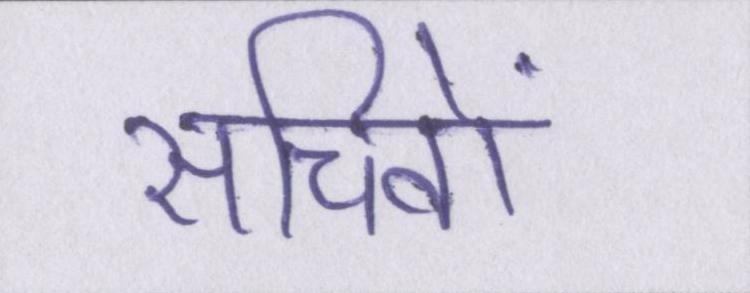
सचिवों